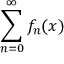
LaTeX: \sum _ { n = 0 } ^ { \infty } f _ { n } ( x )